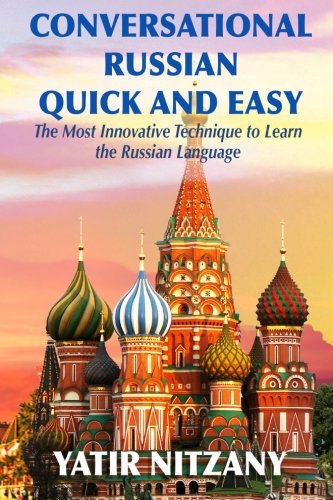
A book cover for Conversational Russian Quick and Easy: The Most Innovative Technique to Learn the Russian Language; Yatir Nitzany; Travel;